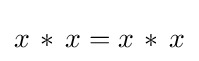
x\,\ast \,x=x\,\ast \,x